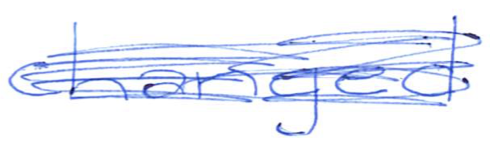
Text: changed
Cross-out: mix
Writing tool: ballpoint